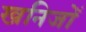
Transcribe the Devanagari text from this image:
खनिजोँ